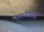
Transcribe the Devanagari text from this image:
मादरजिलों